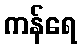
ကန်ရေ